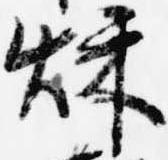
秋